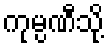
ကုမ္ပဏီသို့